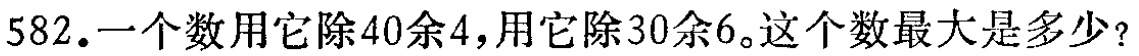
582.一个数用它除40余4，用它除30余6。这个数最大是多少？